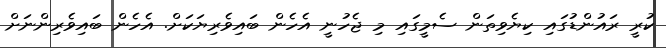
ކުރީ ރައުންޑުގައި ކިޔެވިތަން ސެމީގައި މި ޖެހުނީ އެހެން ބައިވެރިޔަކަށް. އެހެން ބައިވެރިންނަށް